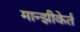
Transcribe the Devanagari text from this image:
मान्झीकेर्त